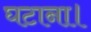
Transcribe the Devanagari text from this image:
घटाना।